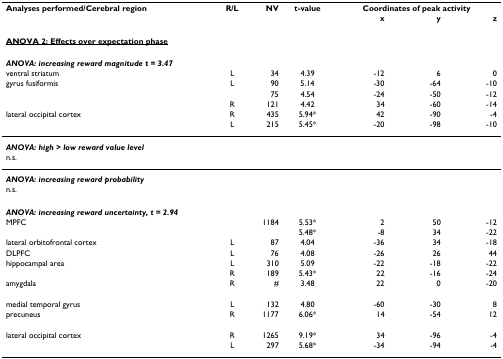
<table><thead><tr><td><b>Analyses performed/Cerebral region</b></td><td><b>R/L</b></td><td><b>NV</b></td><td><b>t-value</b></td><td colspan="3"><b>Coordinates of peak activity</b></td></tr><tr><td></td><td></td><td></td><td></td><td><b>x</b></td><td><b>y</b></td><td><b>z</b></td></tr></thead><tbody><tr><td colspan="7"><b><underline>ANOVA 2: Effects over expectation phase</underline></b></td></tr><tr><td colspan="7"><b><i>ANOVA: increasing reward magnitude t = 3.47</i></b></td></tr><tr><td>ventral striatum</td><td>L</td><td>34</td><td>4.39</td><td>-12</td><td>6</td><td>0</td></tr><tr><td>gyrus fusiformis</td><td>L</td><td>90</td><td>5.14</td><td>-30</td><td>-64</td><td>-10</td></tr><tr><td></td><td></td><td>75</td><td>4.54</td><td>-24</td><td>-50</td><td>-12</td></tr><tr><td></td><td>R</td><td>121</td><td>4.42</td><td>34</td><td>-60</td><td>-14</td></tr><tr><td>lateral occipital cortex</td><td>R</td><td>435</td><td>5.94*</td><td>42</td><td>-90</td><td>-4</td></tr><tr><td></td><td>L</td><td>215</td><td>5.45*</td><td>-20</td><td>-98</td><td>-10</td></tr><tr><td colspan="7"><b><i>ANOVA: high &gt; low reward value level</i></b></td></tr><tr><td>n.s.</td><td></td><td></td><td></td><td></td><td></td><td></td></tr><tr><td colspan="7"><b><i>ANOVA: increasing reward probability</i></b></td></tr><tr><td>n.s.</td><td></td><td></td><td></td><td></td><td></td><td></td></tr><tr><td colspan="7"><b><i>ANOVA: increasing reward uncertainty, t = 2.94</i></b></td></tr><tr><td>MPFC</td><td></td><td>1184</td><td>5.53*</td><td>2</td><td>50</td><td>-12</td></tr><tr><td></td><td></td><td></td><td>5.48*</td><td>-8</td><td>34</td><td>-22</td></tr><tr><td>lateral orbitofrontal cortex</td><td>L</td><td>87</td><td>4.04</td><td>-36</td><td>34</td><td>-18</td></tr><tr><td>DLPFC</td><td>L</td><td>76</td><td>4.08</td><td>-26</td><td>26</td><td>44</td></tr><tr><td>hippocampal area</td><td>L</td><td>310</td><td>5.09</td><td>-22</td><td>-18</td><td>-22</td></tr><tr><td></td><td>R</td><td>189</td><td>5.43*</td><td>22</td><td>-16</td><td>-24</td></tr><tr><td>amygdala</td><td>R</td><td>#</td><td>3.48</td><td>22</td><td>0</td><td>-20</td></tr><tr><td>medial temporal gyrus</td><td>L</td><td>132</td><td>4.80</td><td>-60</td><td>-30</td><td>8</td></tr><tr><td>precuneus</td><td>R</td><td>1177</td><td>6.06*</td><td>14</td><td>-54</td><td>12</td></tr><tr><td>lateral occipital cortex</td><td>R</td><td>1265</td><td>9.19*</td><td>34</td><td>-96</td><td>-4</td></tr><tr><td></td><td>L</td><td>297</td><td>5.68*</td><td>-34</td><td>-94</td><td>-4</td></tr></tbody></table>